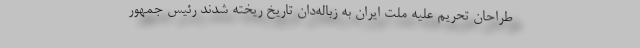
طراحان تحریم علیه ملت ایران به زباله‌دان تاریخ ریخته شدند رئیس جمهور